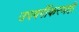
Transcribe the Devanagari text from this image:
उपवर्गीकरणही